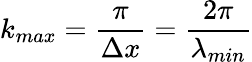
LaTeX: k_{max}=\frac{\pi}{\Delta x}=\frac{2\pi}{\lambda_{min}}